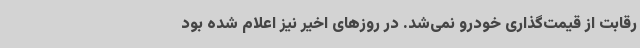
رقابت از قیمت‌گذاری خودرو نمی‌شد. در روزهای اخیر نیز اعلام شده بود